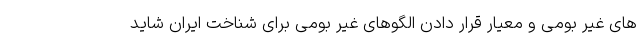
های غیر بومی و معیار قرار دادن الگوهای غیر بومی برای شناخت ایران شاید